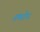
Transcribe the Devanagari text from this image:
अपरोध